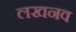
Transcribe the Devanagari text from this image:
लखनव